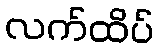
လက်ထိပ်